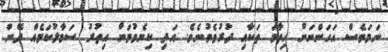
ނަމަވެސް އަހަންނަށް ހިތާމަ ތަކާއި ދުރުވެވުނެވެ. އަދި ކިޔެވުމަށް އިތުރު ސަމާލުކަމެއް ދޭން